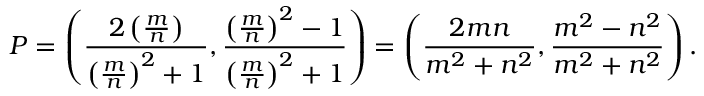
P = \left( { \frac { 2 \left( { \frac { m } { n } } \right) } { \left( { \frac { m } { n } } \right) ^ { 2 } + 1 } } , { \frac { \left( { \frac { m } { n } } \right) ^ { 2 } - 1 } { \left( { \frac { m } { n } } \right) ^ { 2 } + 1 } } \right) = \left( { \frac { 2 m n } { m ^ { 2 } + n ^ { 2 } } } , { \frac { m ^ { 2 } - n ^ { 2 } } { m ^ { 2 } + n ^ { 2 } } } \right) .